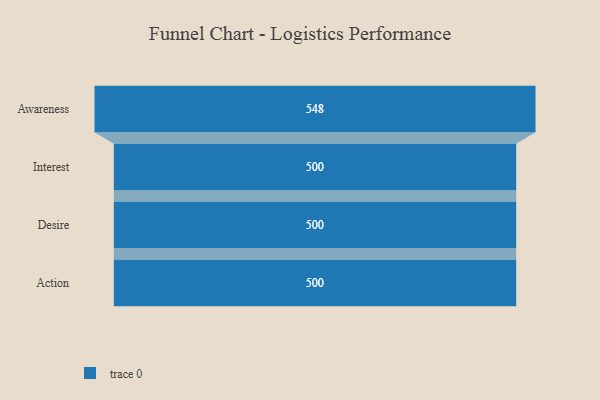
{"axis": {"x": "Stage", "y": "Value"}, "legend": [""], "data": [{"x": "Awareness", "y": 548.0, "type": ""}, {"x": "Interest", "y": 500, "type": ""}, {"x": "Desire", "y": 500, "type": ""}, {"x": "Action", "y": 500, "type": ""}]}